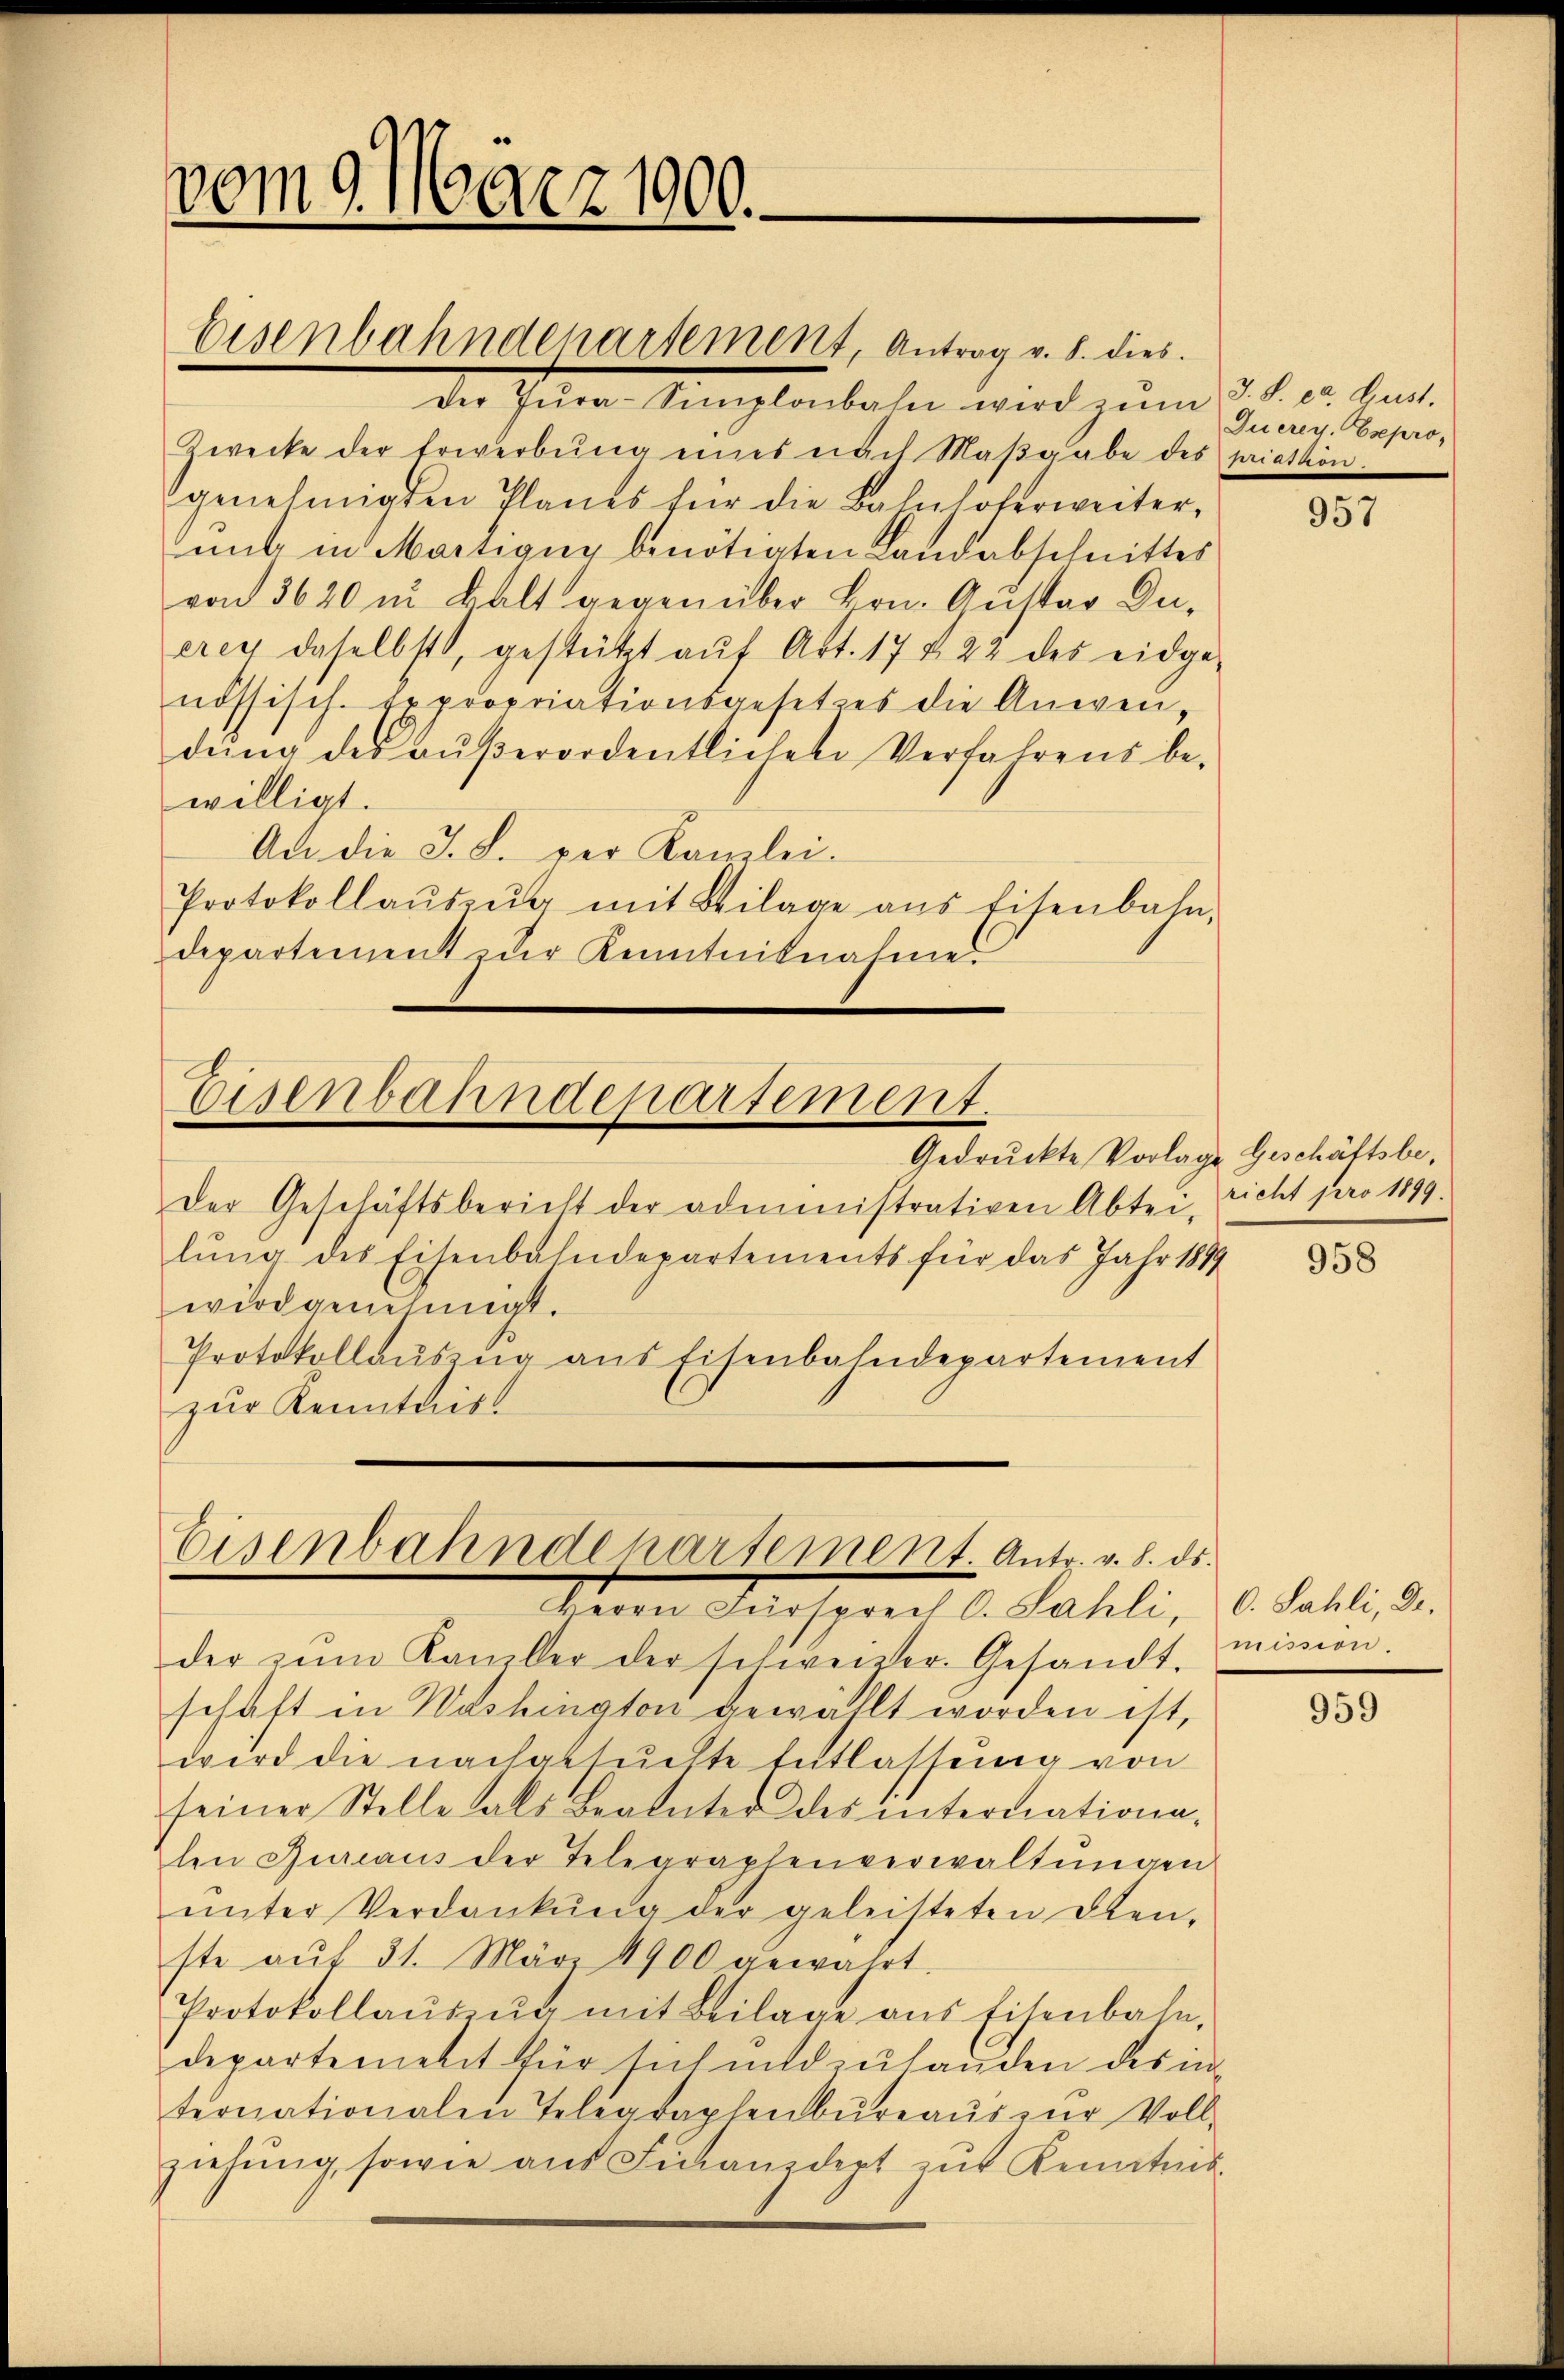
vom 9. März 1900.

Der Tŭra-Simplonbahn wird zŭm J. S. cr. Lust.
Zwecke der Erwerbŭng eines nach Maβgabe des priation.
genehmigten Planes für die Bahnhoferweiter,
mit in Martigny benötigten Landabschnittes
von 3620 in kalt gegenüber Hrn. Gustav Duerey daselbst, gestützt aŭf Art. 17 § 22 des eidge-
nössisch. Expropriationsgesetzes die Anwen
dŭng des aŭβerordentlichen Verfahrens be-
willigt.
An die J. L. per Kanzlei.
Protokollaŭszŭg mit Beilage ans Eisenbahn,
departement der Kenntnisnahme

Eisenbahndepartement, Antrag v. 8. dies

Eisenbahndepartement.
Gedruckte Vorlage Geschäftsbe¬

Der Geschäftsbericht der administrativen Abtei, richt pro 1899.
lŭng des Eisenbahndepartements für das Jahr 1889
wird genehmigt.
Protokollaŭszŭg ans Eisenbahndepartement
zur Kenntnist

Eisenbahndepartement. Antr. v. 8. ds.
Herrn Fürsprech C. Sahli, C. Sahli, Dr.

der zŭm Kanzler der schweizer. Gesandt.
schaft in Washington gewählt worden ist,
wird die nachgesuchte Entlassung von
seiner Stelle als Beanter des internationa-
len Jureaus der Telegraphenverwaltŭngen
ŭnter Verdankŭng der geleisteten Dien-
ste aŭf 31. März 1900 gewährt.
Protokollaŭszŭg mit Beilage aus Eisenbahn,
departement für sich und zu handen des in
ternationalen Telegraphenbŭreaŭs zŭr Voll-
ziehŭng, sowie aus Finanzdept zur Kenntnis

Ducrey. Expro¬

957

958

mission.

959